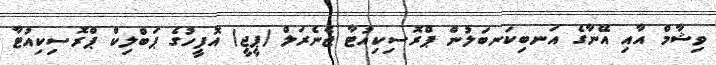
ވިޝާމް އާއި އޭނާގެ އަނބިކަނބަލުން ޕްރޮސިކިއުޓާ ޖެނެރަލް (ޕީޖީ) އޮފީހުގެ ޕަބްލިކް ޕްރޮސިކިއުޓާ